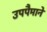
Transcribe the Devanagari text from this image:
उपपैमाने